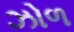
ઝોળ